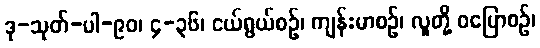
ဒု-သုတ်-ပါ-၉၀၊ ၄-၃၆၊ ငယ်ရွယ်စဉ်၊ ကျန်းမာစဉ်၊ လူတို့ ဝပြောစဉ်၊